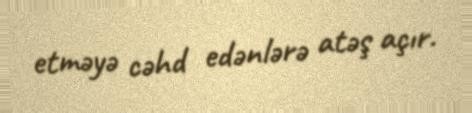
etməyə cəhd edənlərə atəş açır.